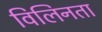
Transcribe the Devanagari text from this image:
विलिनता